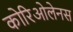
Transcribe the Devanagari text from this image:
कोरिओलेनस